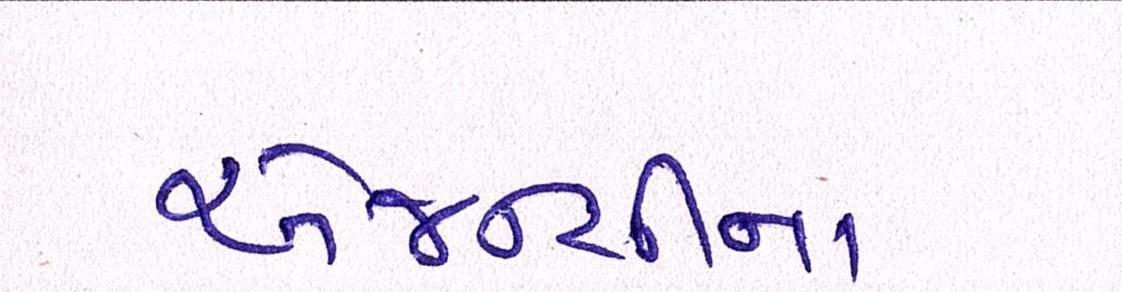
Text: એજન્સીના